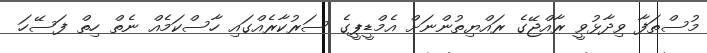
މުސްތަފާ ވިދާޅުވީ ރާއްޖޭގެ ރައްޔިތުންނަށް އެމްޑީޕީގެ ސަރުކާރެއްގައި ހާސްކަމެއް ނެތް ހިތް ފަސޭހަ